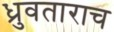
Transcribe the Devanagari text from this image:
ध्रुवताराच